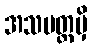
အသပတ္တမှိ